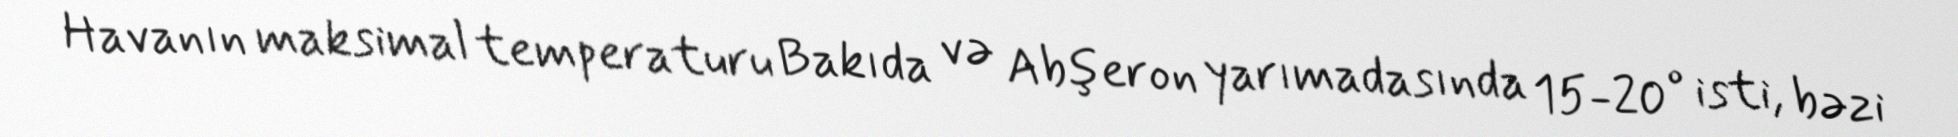
Havanın maksimal temperaturu Bakıda və Abşeron yarımadasında 15-20° isti, bəzi